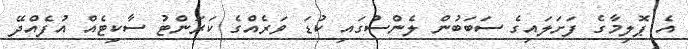
އެ ޕޮލިމާގެ ފަށަލައިގެ ސަބަބުން ލެންސުގައި ކުޑަ ވަރެއްގެ ކަރަންޓު ސާކިޓެއް އުފެއްދޭ